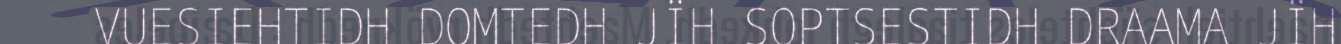
VUESIEHTIDH DOMTEDH JÏH SOPTSESTIDH DRAAMA JÏH